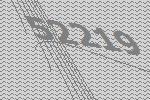
52219